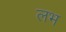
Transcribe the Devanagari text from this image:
लभ